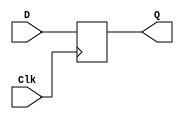
module Register (input [31:0] D, input Clk, output reg [31:0] Q);
 always @(posedge Clk)
 Q <= D;
endmodule